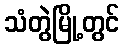
သံတွဲမြို့တွင်